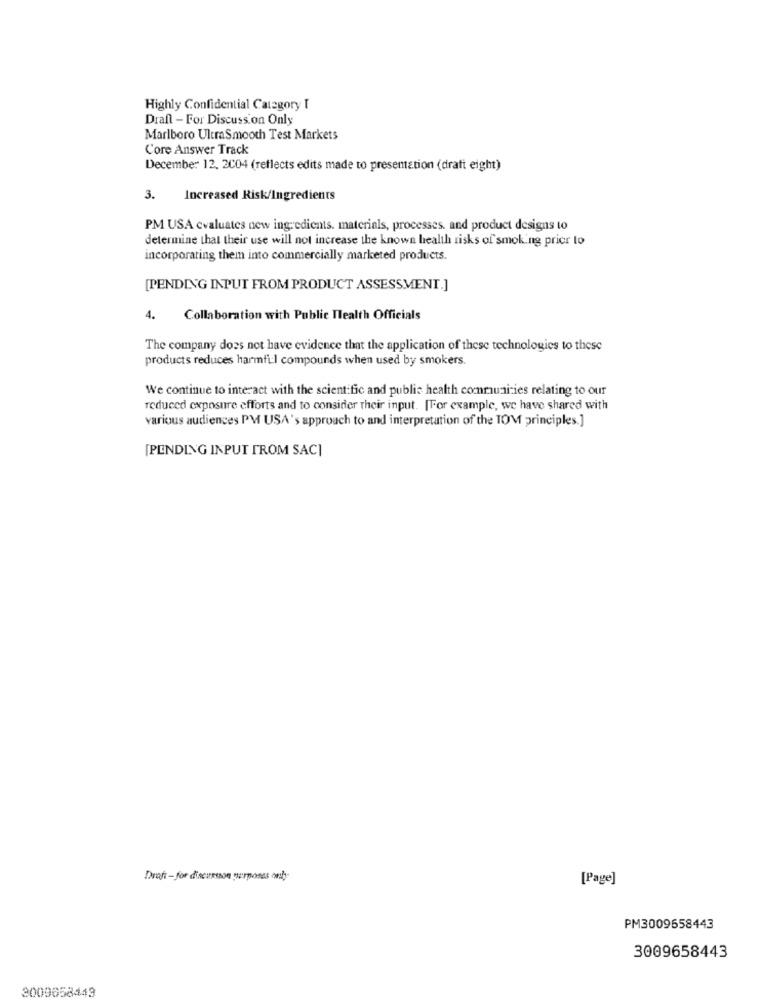
Highly Confidential Category I
Draft - For Discussion Only
Marlboro UltraSmooth Test Markets
Core Answer Track
December 12. 2004 (reflects edits made to presentation (dratt eight)
3.
Increased Risk/Ingredients
PM USA evaluates new ingredients. materials, processes. and product designs to
determine that their use will not increase the known health risks of smoking prior to
incorporating them into commercially marketed products.
[PENDING INPUT FROM PRODUCT ASSESSMENT.]
4. Collaboration with Public Health Officials
The company does not have evidence that the application of these technologies to these
products reduces harmful compounds when used by smokers.
We continue to interact with the scientific and public health communities relating to our
reduced exposure efforts and to consider their input. [For example, we have shared with
various audiences PM USA's approach to and interpretation of the TOM principles.]
[PENDING INPUT FROM SAC]
Draft - for discussion purposes only-
[Page]
PM3009658443
3009658443
3009658443